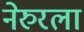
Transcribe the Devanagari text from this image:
नेरुरला